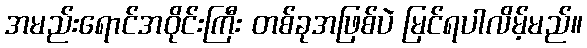
အမည်းရောင်အဝိုင်းကြီး တစ်ခုအဖြစ်ပဲ မြင်ရပါလိမ့်မည်။